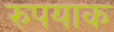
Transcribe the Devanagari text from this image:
रुपयाक